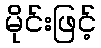
မိုင်းဖြင့်